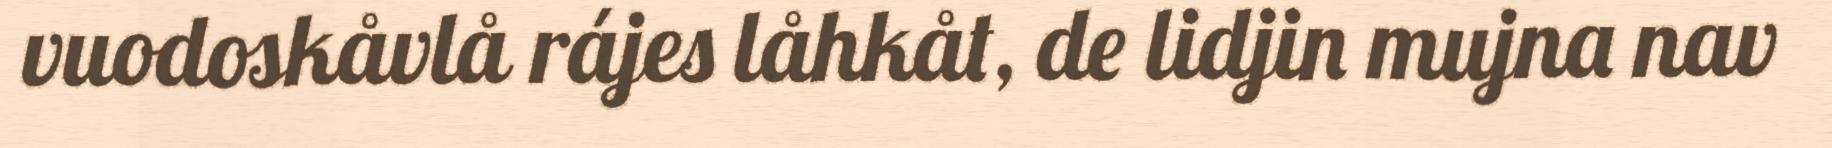
vuodoskåvlå rájes låhkåt, de lidjin mujna nav